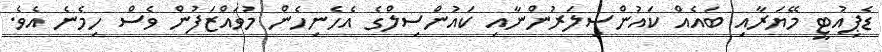
ޑެޕިއުޓީ މޭޔަރާއި ބައެއް ކައުންސިލަރުންނާއި ކައުންސިލްގެ އެހެނިހެން މުވައްޒަފުން ވެސް ހިމެނެ އެވެ.